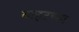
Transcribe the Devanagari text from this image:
बाइटच्या